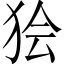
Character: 狯